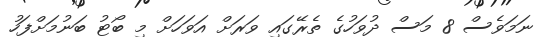
ނަމަވެސް 8 މަސް ދުވަހުގެ ތެރޭގައި ވަރަށް އަވަހަށް މި ބޯޓު ބަނުމަށްފަހު